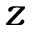
z